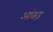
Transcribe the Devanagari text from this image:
आंकड़